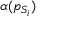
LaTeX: \alpha ( p _ { S _ { i } } )